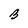
Character: B